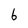
Character: b